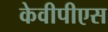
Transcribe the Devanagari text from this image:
केवीपीएस